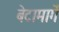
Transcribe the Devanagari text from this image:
बेटामार्गे